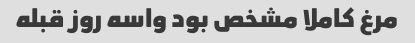
مرغ کاملا مشخص بود واسه روز قبله